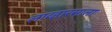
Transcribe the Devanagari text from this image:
लाव्हारसाला